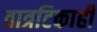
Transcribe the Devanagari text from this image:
वात्रटिकाही